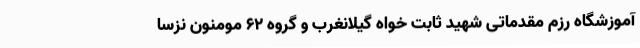
آموزشگاه رزم مقدماتی شهید ثابت خواه گیلانغرب و گروه 62 مومنون نزسا